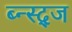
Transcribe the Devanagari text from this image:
ब्न्स्द्ज